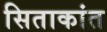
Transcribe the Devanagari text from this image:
सिताकांत